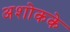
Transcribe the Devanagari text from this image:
अशोकके